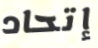
إتحاد